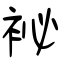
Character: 袐